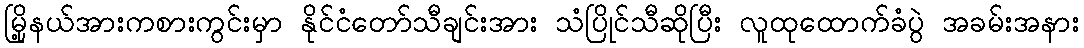
မြို့နယ်အားကစားကွင်းမှာ နိုင်ငံတော်သီချင်းအား သံပြိုင်သီဆိုပြီး လူထုထောက်ခံပွဲ အခမ်းအနား